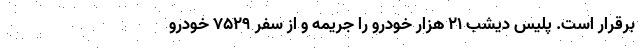
برقرار است. پلیس دیشب ۲۱ هزار خودرو را جریمه و از سفر ۷۵۲۹ خودرو